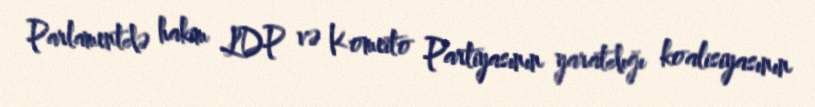
Parlamentdə hakim LDP və Komeito Partiyasının yaratdığı koalisiyasının